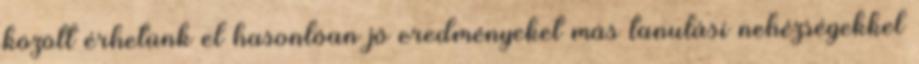
között érhetünk el hasonlóan jó eredményeket más tanulási nehézségekkel